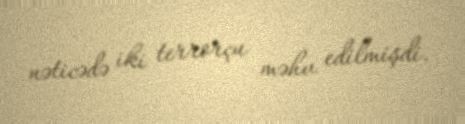
nəticədə iki terrorçu məhv edilmişdi.